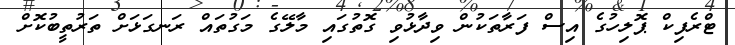
ޓްރެފިކް ޕޮލިހުގެ އިސް ފަރާތަކުން ވިދާޅުވި ގޮތުގައި މާލޭގެ މަގުތައް ރަނގަޅަށް ތަރުތީބުކޮށް